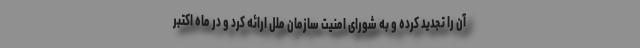
آن را تجدید کرده و به شورای امنیت سازمان ملل ارائه کرد و در ماه اکتبر